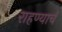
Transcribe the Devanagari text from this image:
राहण्याचं